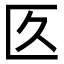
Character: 匛